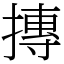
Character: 摶